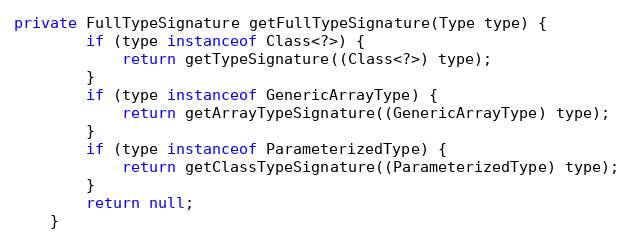
Language: Java
private FullTypeSignature getFullTypeSignature(Type type) {
		if (type instanceof Class<?>) {
			return getTypeSignature((Class<?>) type);
		}
		if (type instanceof GenericArrayType) {
			return getArrayTypeSignature((GenericArrayType) type);
		}
		if (type instanceof ParameterizedType) {
			return getClassTypeSignature((ParameterizedType) type);
		}
		return null;
	}